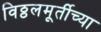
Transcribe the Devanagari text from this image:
विठ्ठलमूर्तीच्या